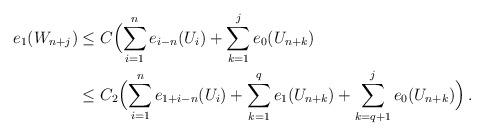
LaTeX: \begin{align*}e_1(W_{n+j}) & \le C \Big(\displaystyle{\sum_{i=1}^n e_{i-n}(U_i) + \sum_{k=1}^j e_0(U_{n+k})}\\&\le C_2 \Big(\displaystyle{\sum_{i=1}^n e_{1+i-n}(U_i) + \sum_{k=1}^q e_1(U_{n+k})+\sum_{k=q+1}^j e_0(U_{n+k})} \Big)\,.\end{align*}